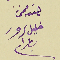
حققه مخمن خليل سرور بطرام